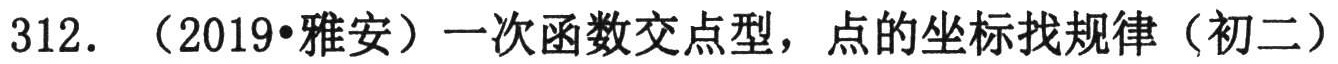
312. （2019•雅安）一次函数交点型，点的坐标找规律（初二）